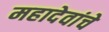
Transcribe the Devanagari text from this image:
महादेवांचे